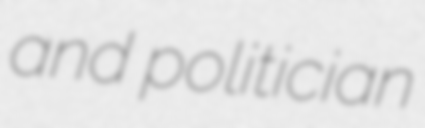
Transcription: and politician